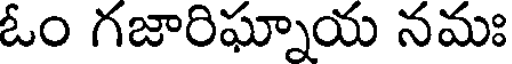
ఓం గజారిఘ్నాయ నమః